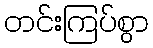
တင်းကြပ်စွာ